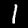
Label: 1